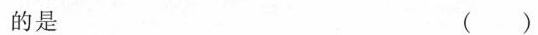
的是 ()